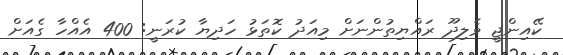
ކޭއިންޖީ ވެލިދޫ ރައްޔިތުންނަށް މިއަދު ކޮތަޅު ހަދިޔާ ކުރަނީ: 400 އެއްހާ ގެއަށް